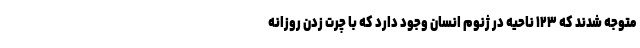
متوجه شدند که ۱۲۳ ناحیه در ژنوم انسان وجود دارد که با چرت زدن روزانه